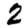
Digit: 2